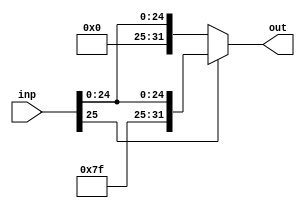
module SE2632(inp,out);
    input[25:0] inp;
    output reg [31:0] out;
    always@(inp) begin
        if (inp[25] == 0)
            out = {6'b0,inp};
        else
            out = {6'b111111,inp};
    end
endmodule